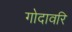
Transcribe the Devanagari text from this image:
गोदावरि